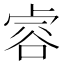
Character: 䜭